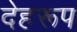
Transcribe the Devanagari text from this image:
देहरूप